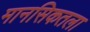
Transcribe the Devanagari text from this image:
मानसिकतला